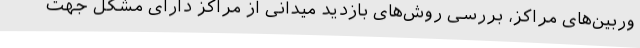
وربین‌های مراکز، بررسی روش‌های بازدید میدانی از مراکز دارای مشکل جهت